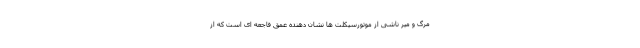
مرگ و میر ناشی از موتورسیکلت ها نشان دهنده عمق فاجعه ای است که از